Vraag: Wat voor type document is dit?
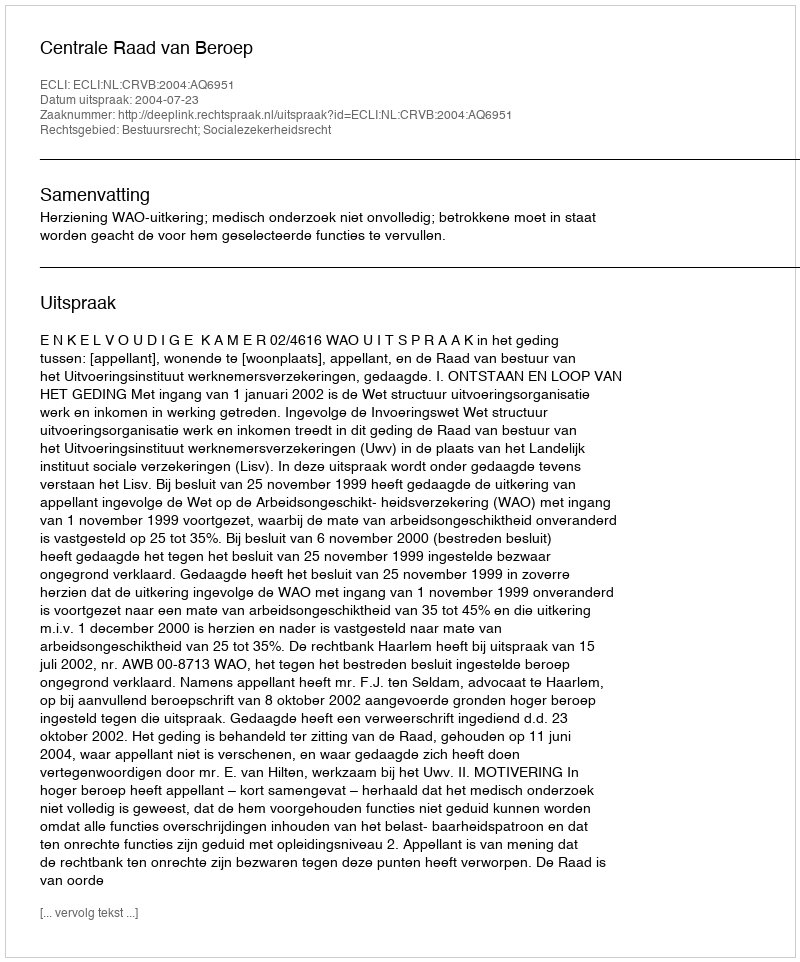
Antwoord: Uitspraak